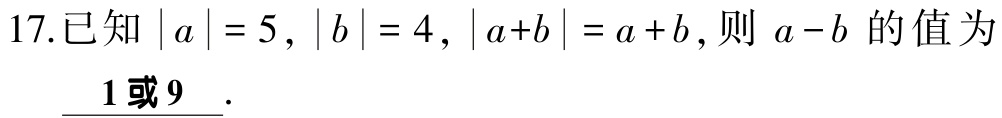
17.已知\(\vert a\vert = 5\)，\(\vert b\vert = 4\)，\(\vert a + b\vert = a + b\)，则 \(a - b\) 的值为___\(1\)或\(9\)___.